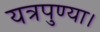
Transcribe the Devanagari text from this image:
यत्रपुण्या।